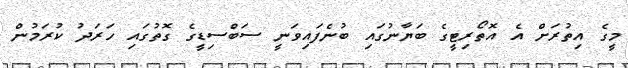
މީގެ އިތުރަށް އެ އޮތޯރިޓީގެ ބަޔާނުގައި ބުނެފައިވަނީ ސަބްސިޑީގެ ގޮތުގައި ހަރަދު ކުރަމުން